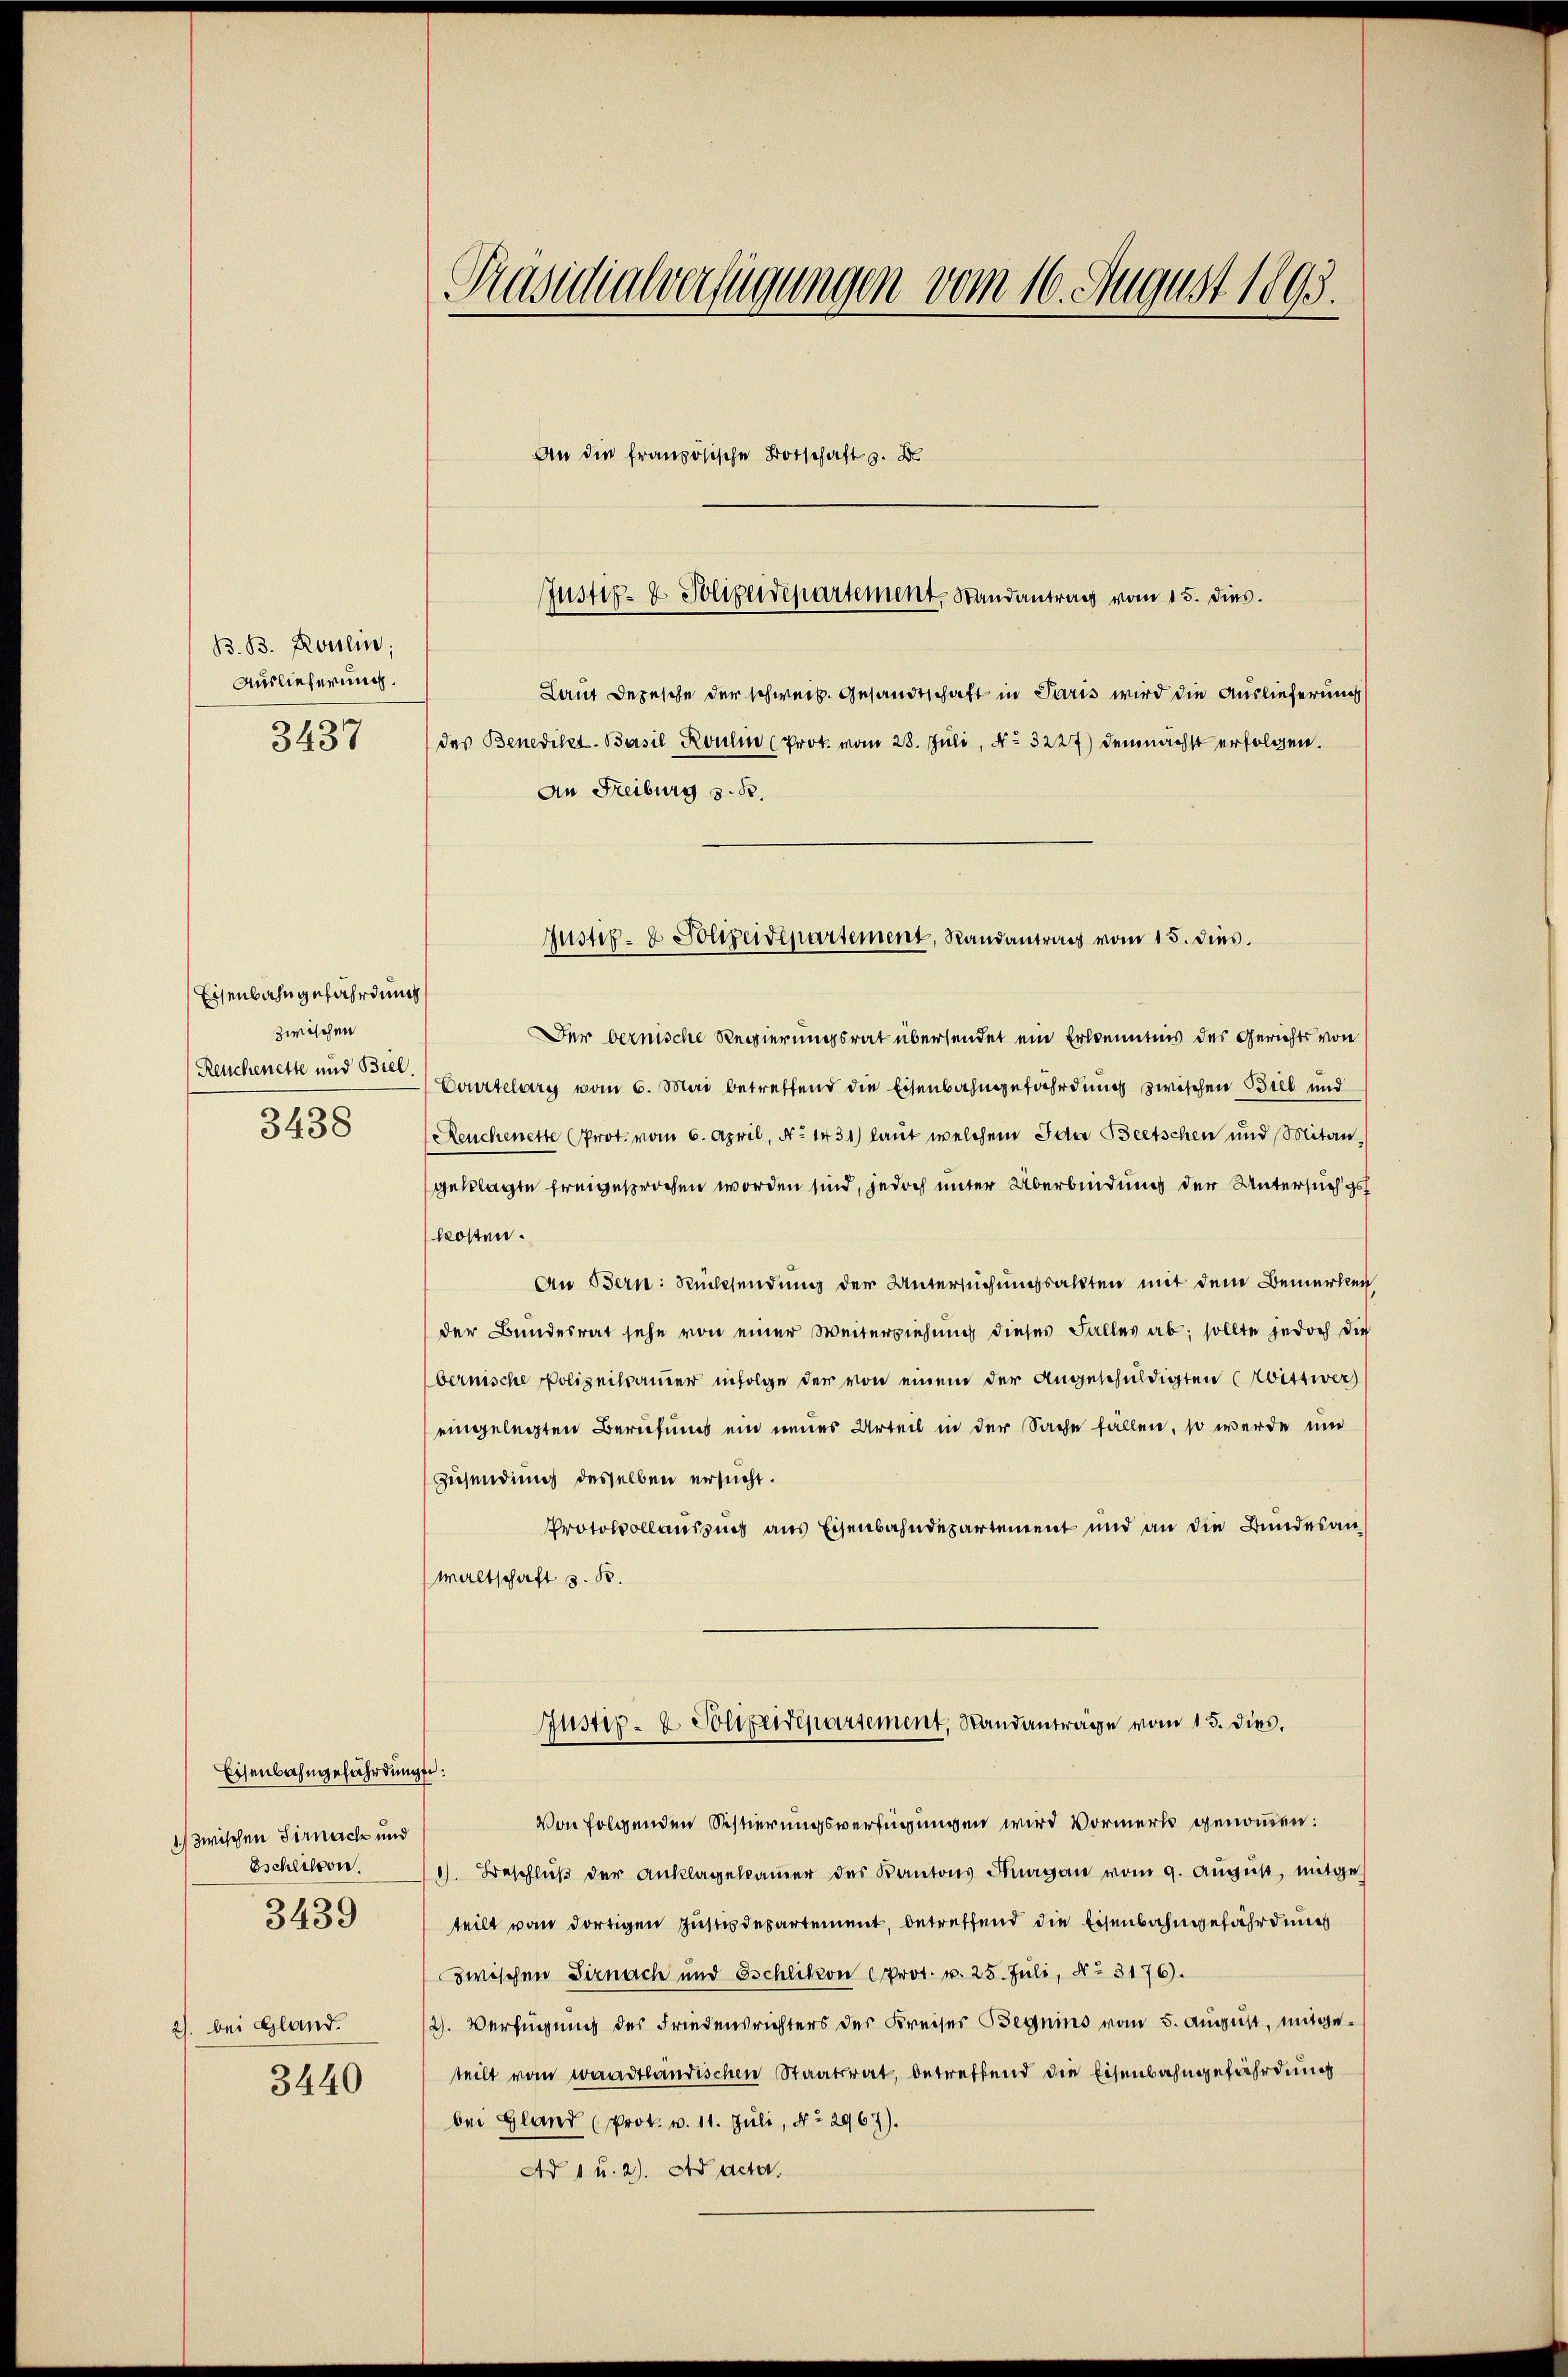
B.B. Poulin,
Auslieferung.
3437

Eisenbahngefährdung
zwischen
Reuchenette und Biel,

3438

Eisenbahngefährdung:
1) zwischen Sirnach und
3439

2. bei Gland.

3440

Präsidialverfügungen vom 16. August 1895.
An die französische Botschaft z. B

Laut Depesche der schweiz. Gesandtschaft in Paris wird die Auslieferung
des Benediket Basil Roulin (Prot. vom 28. Juli, No 3227) demnächst erfolgen.
An Freiburg z. B.
Der bernische Regierungsrat übersendet ein Erkenntnis des Gerichts von
Courtelary vom 6. Mai betreffend die Eisenbahngefährdung zwischen Biel und
Reuchenette Prot. vom 6. April, No 1431) laut welchem Ida Beetschen und Mitangeklagte freigesprochen worden sind, jedoch unter Überbindung der Untersuch gef
kosten.
An Bern: Rücksendung der Untersuchungsakten mit dem Bemerken
der Bundesrat sehe von einer Weiterziehung dieses Falles ab; sollte jedoch die
bernische Polizeitsamer infolge der von einem der Angeschuldigten (zwittwer
eingelegten Berufungs ein neues Urteil in der Sache fällen, so werde un
Zusendung desselben ersucht.
Protokollaussung aus Eisenbahndepartement und an die Bundesanwaltschaft z. B.
Justiz- & Solpenrepartement, Standanträge vom 15. dies.
Von folgenden Sistierungsverfügungen wird Vormerk genommen:
Eschlitten.11). Beschlŭβ der Anklagebaṁer des Kantons Thurgau vom 9. Aŭgŭst, mitgeteilt von dortigen Justizdepartement, betreffend die Eisenbahngefährdung
zwischen Sirnach und Ischlikon Prot. u. 25. Juli, No. 3176).
2. Verfügung des Friedensrichters des Kreiser Beguins vom 5. August, mitgeteilt vom waadtländischen Staatsrat, betreffend die Eisenbahngefährdung
bei Gland (Prok. v. 11. Juli, No 2967).
Ad 1 u. 2). Ad Actor.

Justiz- & Polizeidepartement, Randantrag vom 15. dies.

Justiz- & Polizeidepartement, Randantrag vom 15. dies.